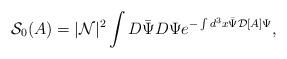
LaTeX: \begin{align*}{\mathcal S}_0(A)=|{\mathcal N}|^2 \int D\bar{\Psi} D\Psi e^{-\int d^3x \bar{\Psi} {\mathcal D}[A] \Psi},\end{align*}